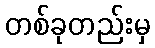
တစ်ခုတည်းမှ